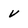
Character: v